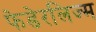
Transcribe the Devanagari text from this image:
फेडेरलिज्म